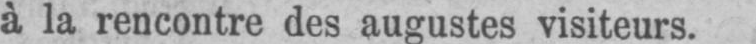
à la rencontre des augustes visiteurs.